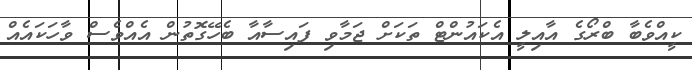
ކީއްވެބާ ބްރޯގެ އާއިލީ އެކައުންޓް ތަކަށް ޖަމާވި ފައިސާއާ ބެހޭގޮތުން އެއްވެސް ވާހަކައެއް